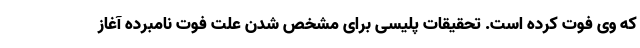
که وی فوت کرده است. تحقیقات پلیسی برای مشخص شدن علت فوت نامبرده آغاز